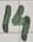
Text: 14